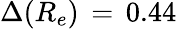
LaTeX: \Delta(R_{e})\, =\, 0.44\